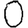
Digit: 0